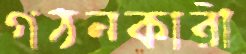
গঠনকারী